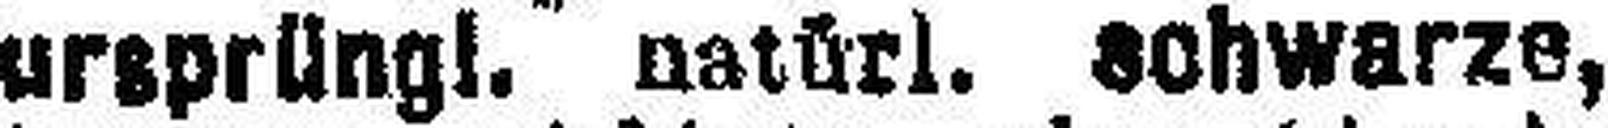
ursprüngl. natürl. schwarze,